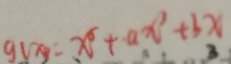
g ( x ) = x ^ { 5 } + a x ^ { 3 } + b x